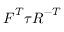
{ \boldsymbol { F } } ^ { T } { \boldsymbol { \tau } } { \boldsymbol { R } } ^ { - T }